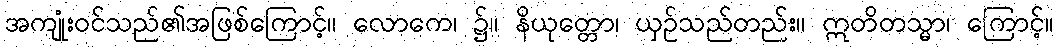
အကျုံးဝင်သည်၏အဖြစ်ကြောင့်။ လောကေ၊ ၌။ နိယုတ္တော၊ ယှဉ်သည်တည်း။ ဣတိတသ္မာ၊ ကြောင့်။